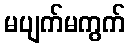
မပျက်မကွက်